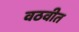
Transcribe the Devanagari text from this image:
वठवीत